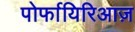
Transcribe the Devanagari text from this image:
पोर्फायिरिआज़